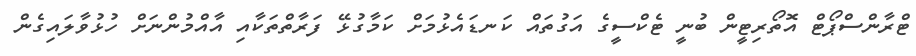
ޓްރާންސްޕޯޓް އޮތޯރިޓީން ބުނީ ޓެކްސީގެ އަގުތައް ކަނޑައެޅުމަށް ކަމާގުޅޭ ފަރާތްތަކާއި އާއްމުންނަށް ހުޅުވާލައިގެން